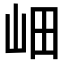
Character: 𡶚